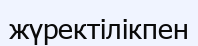
жүректілікпен